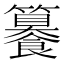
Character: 䉵